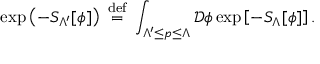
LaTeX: \exp \left( - S _ { \Lambda ^ { \prime } } [ \phi ] \right) \ { \stackrel { \mathrm { d e f } } { = } } \ \int _ { \Lambda ^ { \prime } \leq p \leq \Lambda } { \mathcal { D } } \phi \exp \left[ - S _ { \Lambda } [ \phi ] \right] .